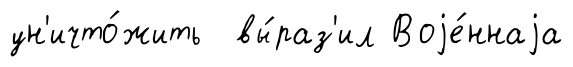
ун'ичто́жить вы́раз'ил Воjе́ннаjа